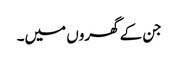
جن کے گھروں میں۔